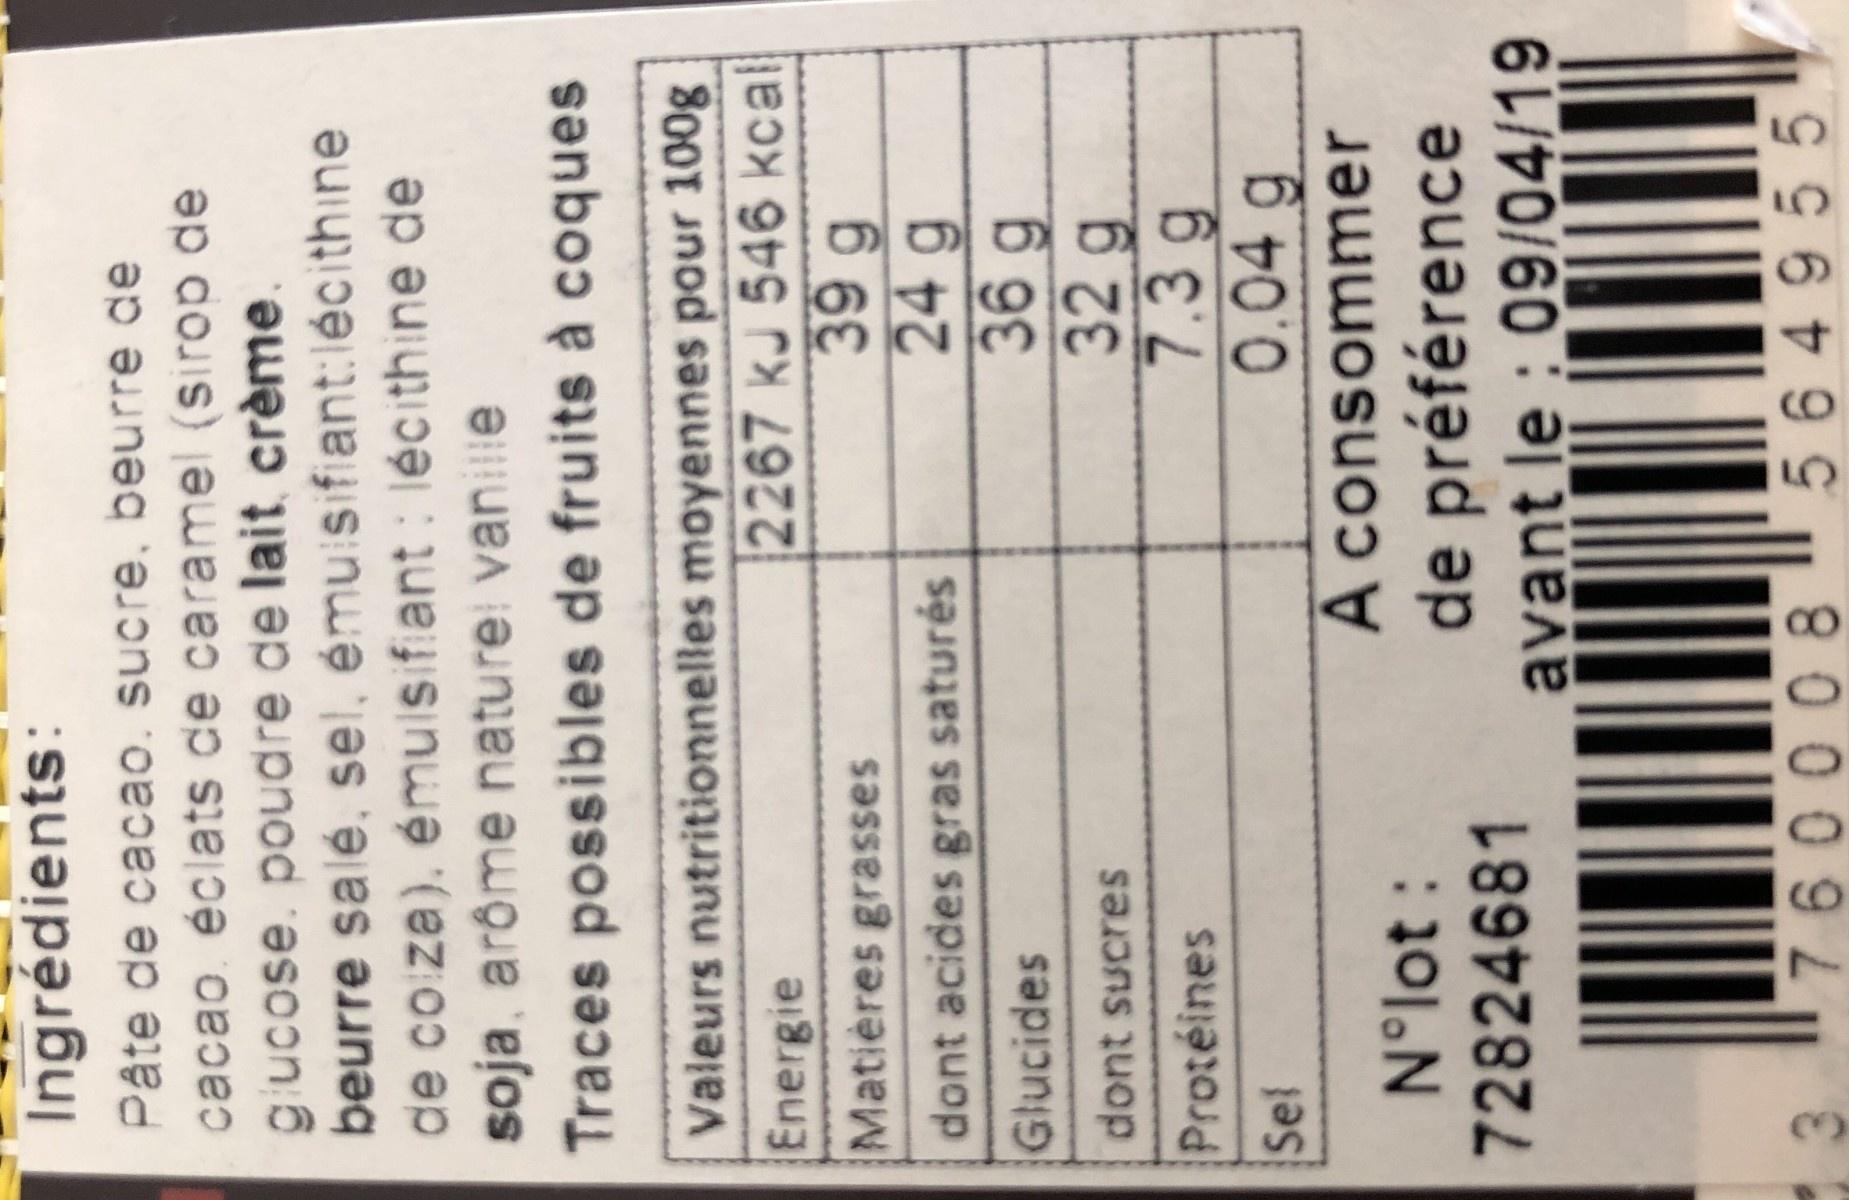
Ingrédients:
Pâte de cacao. sucre, beurre de cacao éclats de caramel (sirop de glucose. poudre de lait, crème. beurre salé, sel,
émulsifiant:lécithine de colza), émulsifiant: lécithine de soja, arôme naturel vanille
Traces possibles de fruits à coques
Valeurs nutritionnelles moyennes pour 100g
2267 kJ 546 kcal
Energie
Matières grasses
dont acides gras saturés
Glucides
dont sucres
Protéines
Sel
Nᵒlot: 72824681
39 g 24 g
36 g
32 g
7.39
0.04 g
A consommer de préférence avant le : 09/04/19
760008564955